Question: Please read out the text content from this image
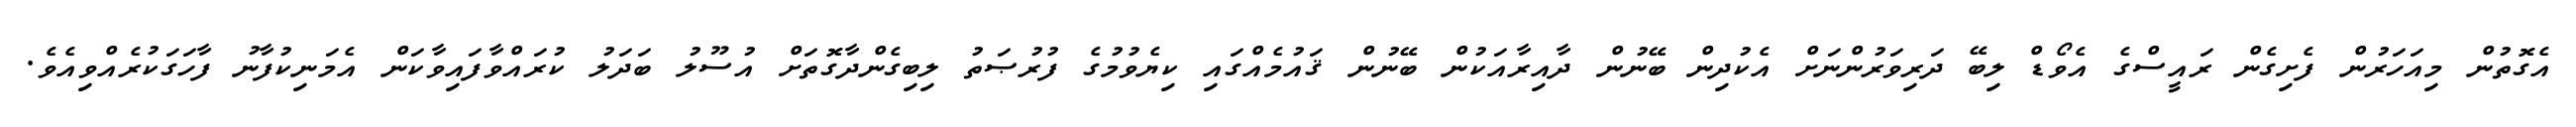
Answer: އެގޮތުން މިއަހަރުން ފެށިގެން ރައީސްގެ އެވޯޑް ލިބޭ ދަރިވަރުންނަށް އެކުދިން ބޭނުން ދާއިރާއަކުން ބޭނުން ޤައުމެއްގައި ކިޔެވުމުގެ ފުރުޞަތު ލިބިގެންދާގޮތަށް އުސޫލު ބަދަލު ކުރައްވާފައިވާކަން އެމަނިކުފާނު ފާހަގަކުރެއްވިއެވެ.